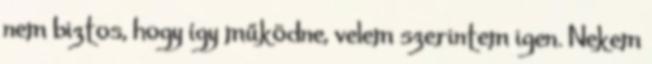
nem biztos, hogy így működne, velem szerintem igen. Nekem